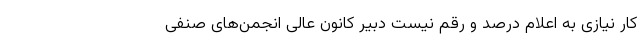
کار نیازی به اعلام درصد و رقم نیست دبیر کانون عالی انجمن‌‌های صنفی